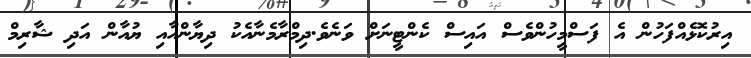
އިރުކޮޅެއްފަހުން އެ ފަސްމީހުންވެސް އައިސް ކެންޓީނަށް ވަނެވެ.ދިމްރާމެނާއެކު ދިޔާންއާއި ޔުއާން އަދި ޝާރިމް